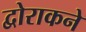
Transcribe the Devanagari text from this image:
द्वोराकने